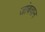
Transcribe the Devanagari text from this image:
जांबवान